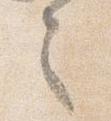
之